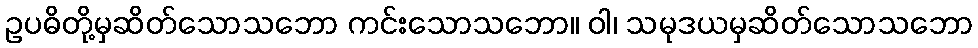
ဥပဓိတို့မှဆိတ်သောသဘော ကင်းသောသဘော။ ဝါ၊ သမုဒယမှဆိတ်သောသဘော